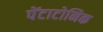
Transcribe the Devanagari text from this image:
पेंटाटोनिक